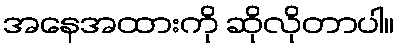
အနေအထားကို ဆိုလိုတာပါ။